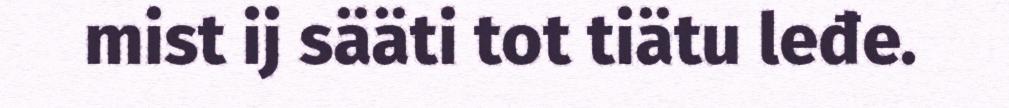
mist ij sääti tot tiätu leđe.